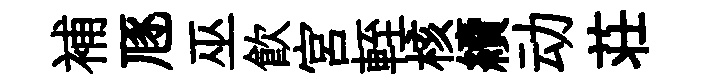
補豗巫飲宫輊核續动荘